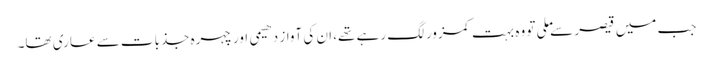
جب میں قیصر سے ملی تو وہ بہت کمزور لگ رہے تھے، ان کی آواز دھیمی اور چہرہ جذبات سے عاری تھا۔